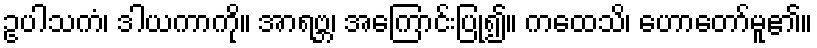
ဥပါသကံ၊ ဒါယကာကို။ အာရဗ္ဘ၊ အကြောင်းပြု၍။ ကထေသိ၊ ဟောတော်မူ၏။